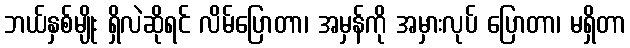
ဘယ်နှစ်မျိုး ရှိလဲဆိုရင် လိမ်ပြောတာ၊ အမှန်ကို အမှားလုပ် ပြောတာ၊ မရှိတာ